Civil Veterinary Dept. Bombay admin report 1893-99 - 1893-1899
Year: 1893
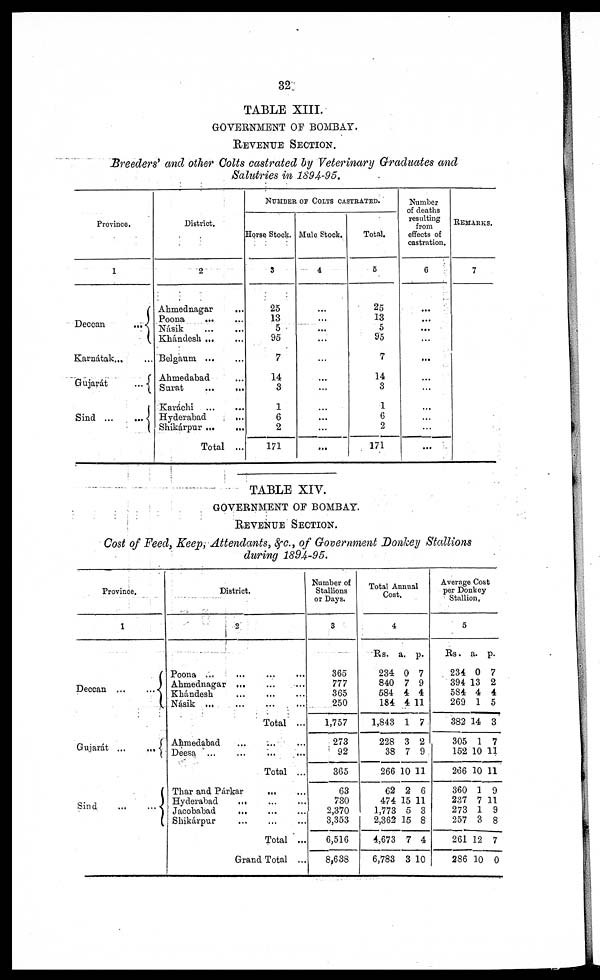
32.
TABLE XIII.
GOVERNMENT OF BOMBAY.
REVENUE SECTION.
Breeders' and other Colts castrated by Veterinary Graduates and
Salutries in 1894-95.
Province.
1
Deccan
...
Karnátak ... ...
Gujarát
...
Sind
...
...
District.
2
Ahmednagar ...
Poona
... ...
Násik
...
...
Khándesh ... ...
Belgaum
...
...
Ahmedabad ...
Surat
...
...
Karachi ... ...
Hyderabad
...
Shikárpur ...
...
Total ...
NUMBER OF COLTS CASTRATED.
Horse Stock.
3
25
13
5
95
7
14
3
1
6
2
171
Mule Stock.
4
...
...
...
...
...
...
...
...
...
...
Total.
5
25
13
5
95
7
14
3
1
6
2
171
Number
of deaths
resulting
from
effects of
castration.
6
...
...
...
...
...
...
...
...
...
...
...
REMARKS.
7
TABLE XIV.
GOVERNMENT OF BOMBAY.
REVENUE SECTION.
Cost of Feed, Keep, Attendants, &c., of Government Donkey Stallions
during 1894-95.
Province.
1
Deccan
...
...
Gujarát
...
...
Sind
...
...
District
2
Poona ...
...
...
...
Ahmednagar ... ... ...
Khándesh
...
...
...
Násik
...
...
...
...
Total ...
Ahmedabad ... ... ...
Deesa ...
...
...
...
Total ...
Thar and Párkar
...
...
Hyderabad
...
Jacobabad ... ... ...
Shikárpur ... ... ...
Total ...
Grand Total ...
Number of
Stallions
or Days.
3
365
777
365
250
1,757
273
92
365
63
730
2,370
3,353
6,516
8,638
Total Annual
Cost
4
Rs.
234
840
584
184
1,843
228
38
266
62
474
1,773
2,362
4,673
6,783
a.
0
7
4
4
1
3
7
10
2
15
5
15
7
3
p.
7
9
4
11
7
2
9
11
6
11
3
8
4
10
Average Cost
per Donkey
Stallion.
5
Rs.
234
394
584
269
382
305
152
266
360
237
273
257
261
286
a.
0
13
4
1
14
1
10
10
1
7
1
3
12
10
p.
7
2
4
5
3
7
11
11
9
11
9
8
7
0